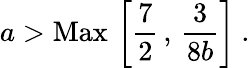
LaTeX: {{a}}>\mathrm{Max}\, \left[{\frac{7}{2}}\, ,\, {\frac{3}{8{{b}}}}\right]\ .